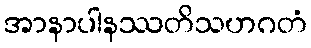
အာနာပါနဿတိသဟဂတံ